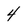
Character: 4